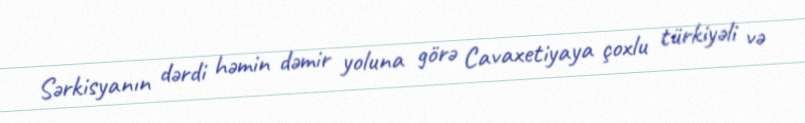
Sərkisyanın dərdi həmin dəmir yoluna görə Cavaxetiyaya çoxlu türkiyəli və